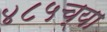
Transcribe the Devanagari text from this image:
४८५च्या